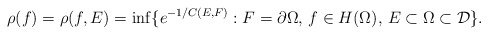
\begin{align*}\rho(f)= \rho(f, E)=\inf \{e^{-1/C(E,F)}: F = \partial \Omega,\, f\in H(\Omega),\, E \subset \Omega \subset \mathcal D \}.\end{align*}